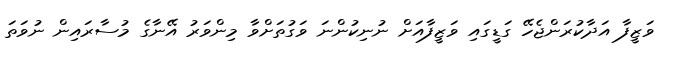
ވަޒީފާ އަދާކުރަންޖެހޭ ގަޑީގައި ވަޒީފާއަށް ނުނިކުންނަ ވަގުތަށްވާ މިންވަރު އޭނާގެ މުސާރައިން ނުވަތަ